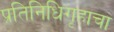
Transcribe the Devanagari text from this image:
प्रतिनिधिगृहाचा